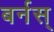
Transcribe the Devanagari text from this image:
बर्नस्